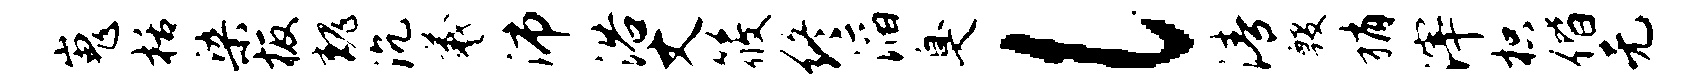
嵬栝染板魏沉羲沛浴丈筱终滔臭l清殷稍滓枳偕无